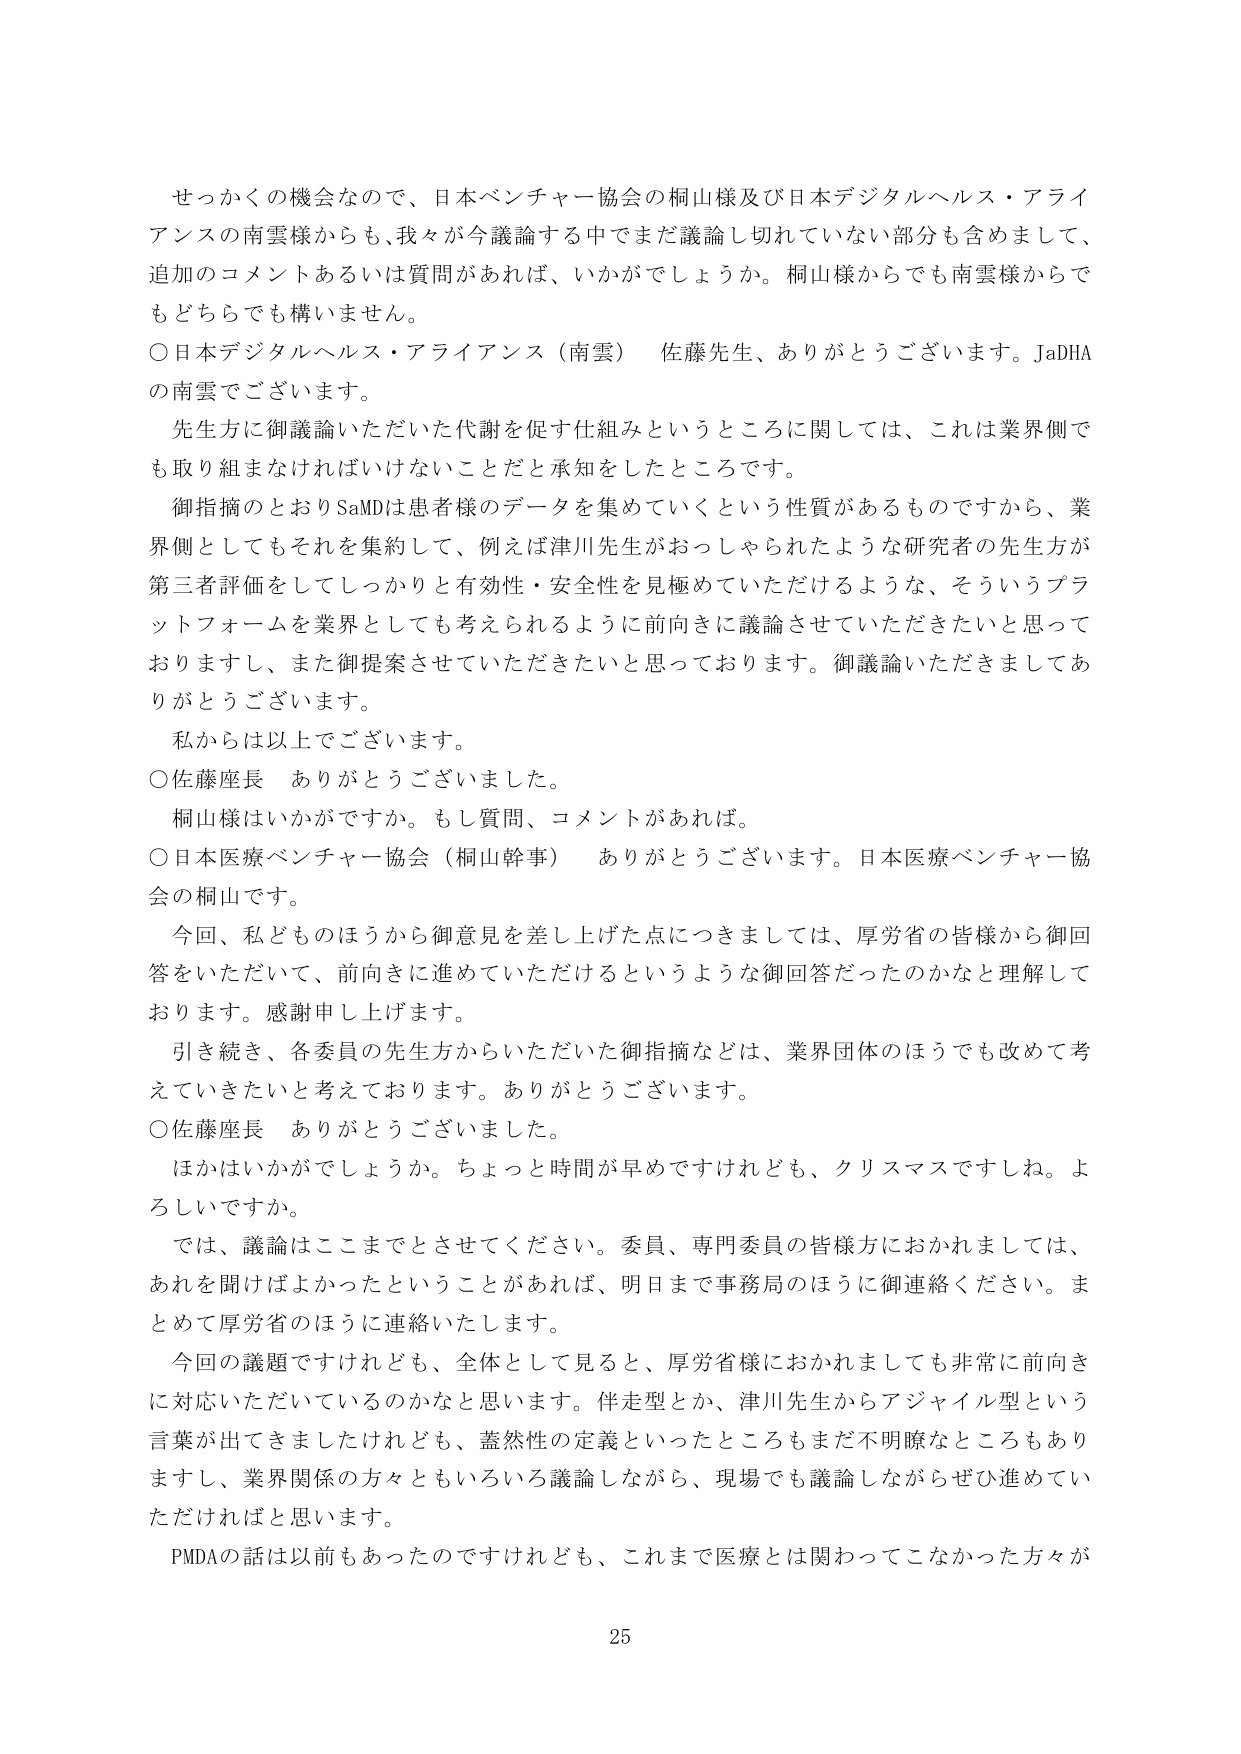
せっかくの機会なので、日本ベンチャー協会の桐山様及び日本デジタルヘルス・アライアンスの南雲様からも、我々が今議論する中でまだ議論し切れていない部分も含めまして、追加のコメントあるいは質問があれば、いかがでしょうか。桐山様からでも南雲様からでもどちらでも構いません。

○日本デジタルヘルス・アライアンス（南雲）　佐藤先生、ありがとうございます。JaDHAの南雲でございます。

先生方に御議論いただいた代謝を促す仕組みというところに関しては、これは業界側でも取り組まなければならないことだと承知をしたところです。

御指摘のとおりSaMDは患者様のデータを集めていくという性質があるものですから、業界側としてもそれを集約して、例えば津川先生がおっしゃられたような研究者の先生方が第三者評価をしてしっかりと有効性・安全性を見極めていただけるような、そういうプラットフォームを業界としても考えられるように前向きに議論させていただきたいと思っておりますし、また御提案させていただきたいと思っております。御議論いただきましてありがとうございます。

私からは以上でございます。

○佐藤座長　ありがとうございました。

桐山様はいかがですか。もし質問、コメントがあれば。

○日本医療ベンチャー協会（桐山幹事）　ありがとうございます。日本医療ベンチャー協会の桐山です。

今回、私どものほうから御意見を差し上げた点につきましては、厚労省の皆様から御回答をいただいて、前向きに進めていただけるというような御回答だったのかなと理解しております。感謝申し上げます。

引き続き、各委員の先生方からいただいた御指摘などは、業界団体のほうでも改めて考えていくたいと考えております。ありがとうございます。

○佐藤座長　ありがとうございました。

ほかはいかがでしょうか。ちょっと時間が早めですけれども、クリスマスですね。よろしいですか。

では、議論はここまでとさせてください。委員、専門委員の皆様方におかれましては、あれを聞けばよかったということがあれば、明日まで事務局のほうに御連絡ください。まとめて厚労省のほうに連絡いたします。

今回の議題ですけれども、全体として見ると、厚労省様におかれましても非常に前向きに対応いただいているのかなと思います。伴走型とか、津川先生からアジャイル型という言葉が出てきましたけれども、蓋然性の定義といったところもまだ不明瞭なところもありますし、業界関係の方々ともいろいろ議論しながら、現場でも議論しながらぜひ進めていただければと思います。

PMDAの話は以前もあったのですけれども、これまで医療とは関わってこなかった方々が

25